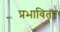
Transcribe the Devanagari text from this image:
प्रभावितर